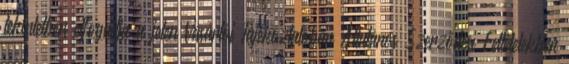
tekintetben elfogadja a jelen Vásárlói Tájékoztatóban Általános Szerződési Feltételekben